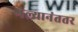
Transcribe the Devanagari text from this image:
गेल्यानंततर